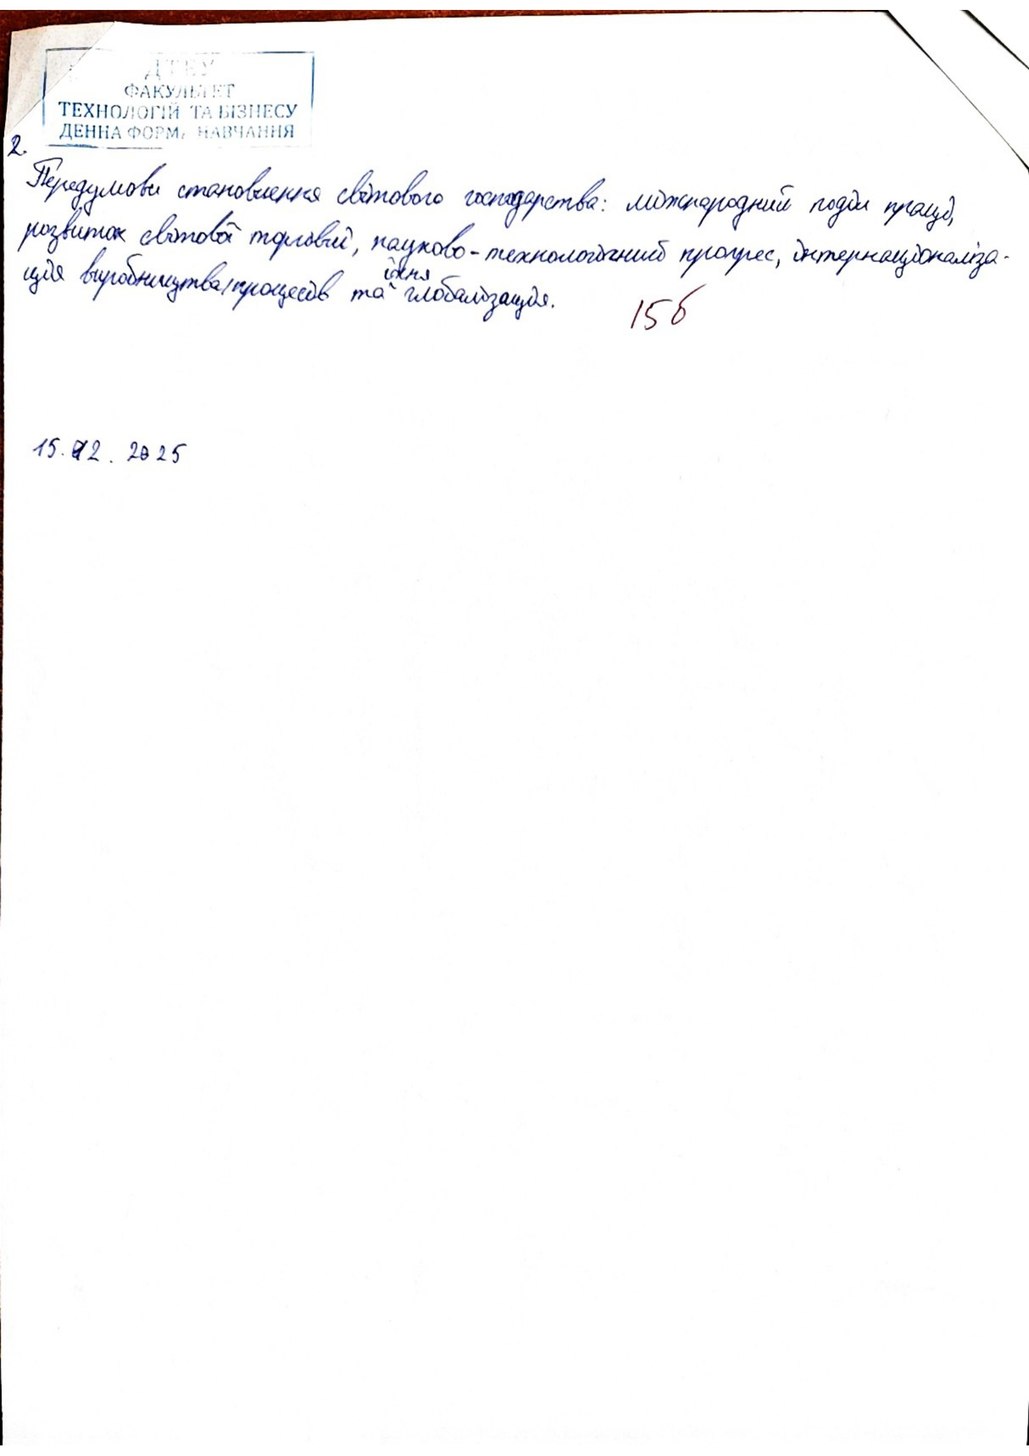
2
Передумови становлення світового господарства: міжнародний поділ праці,
розвиток світової торгівлі, науково-технологічний прогрес, інтернаціоналіза-
ція виробництва/процесів та їхня глобалізація.
156
15б
15.12.2025